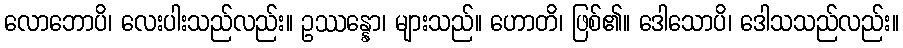
လောဘောပိ၊ လေးပါးသည်လည်း။ ဥဿန္နော၊ များသည်။ ဟောတိ၊ ဖြစ်၏။ ဒေါသောပိ၊ ဒေါသသည်လည်း။